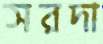
সরদা